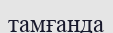
тамғанда